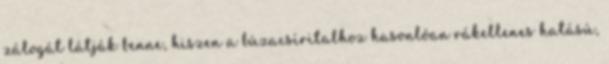
zálogát látják benne, hiszen a búzacsíritalhoz hasonlóan rákellenes hatású,